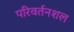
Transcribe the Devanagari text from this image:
परिवर्तनशल